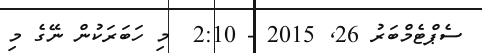
ސެޕްޓެމްބަރު 26